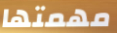
مهمتها